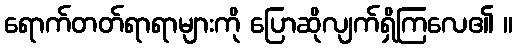
ရောက်တတ်ရာရာများကို ပြောဆိုလျက်ရှိကြလေ၏ ။